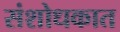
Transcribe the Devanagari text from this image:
संशोधकात